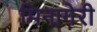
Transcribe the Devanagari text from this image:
मिनागेरी